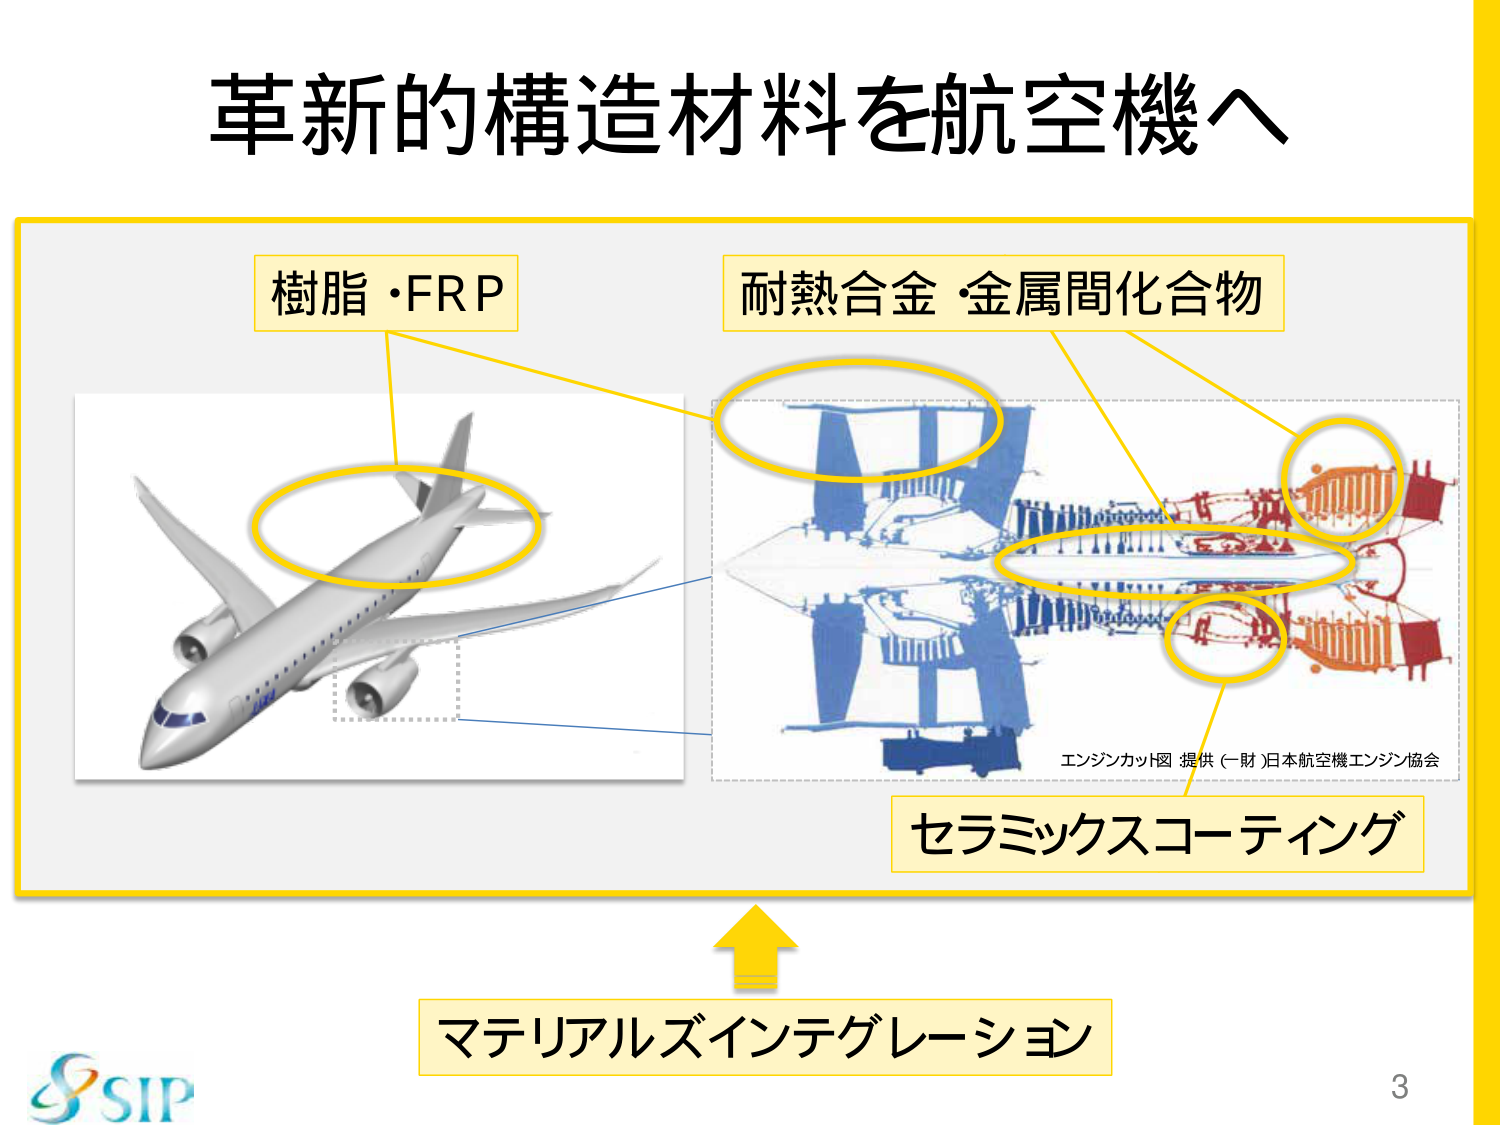
革新的構造材料を航空機へ

樹脂・FRP

耐熱合金・金属間化合物

エンジンカット図 提供 (一財)日本航空機エンジン協会

セラミックスコーティング

マテリアルズインテグレーション

SIP

3